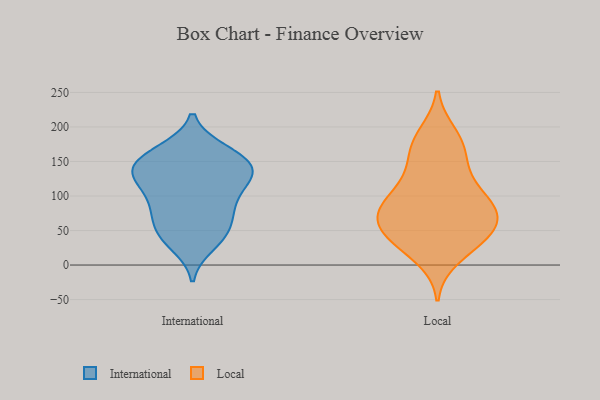
{"axis": {"x": "Latency (ms)", "y": "Value"}, "legend": ["International", "Local"], "data": [{"x": "", "y": 49, "type": "International"}, {"x": "", "y": 29, "type": "International"}, {"x": "", "y": 166, "type": "International"}, {"x": "", "y": 41, "type": "International"}, {"x": "", "y": 76, "type": "International"}, {"x": "", "y": 90, "type": "International"}, {"x": "", "y": 155, "type": "International"}, {"x": "", "y": 141, "type": "International"}, {"x": "", "y": 148, "type": "International"}, {"x": "", "y": 116, "type": "International"}, {"x": "", "y": 86, "type": "International"}, {"x": "", "y": 128, "type": "International"}, {"x": "", "y": 166, "type": "International"}, {"x": "", "y": 127, "type": "International"}, {"x": "", "y": 148, "type": "International"}, {"x": "", "y": 73, "type": "International"}, {"x": "", "y": 133, "type": "International"}, {"x": "", "y": 45, "type": "International"}, {"x": "", "y": 118, "type": "International"}, {"x": "", "y": 11, "type": "Local"}, {"x": "", "y": 56, "type": "Local"}, {"x": "", "y": 172, "type": "Local"}, {"x": "", "y": 70, "type": "Local"}, {"x": "", "y": 32, "type": "Local"}, {"x": "", "y": 78, "type": "Local"}, {"x": "", "y": 42, "type": "Local"}, {"x": "", "y": 105, "type": "Local"}, {"x": "", "y": 62, "type": "Local"}, {"x": "", "y": 34, "type": "Local"}, {"x": "", "y": 180, "type": "Local"}, {"x": "", "y": 146, "type": "Local"}, {"x": "", "y": 105, "type": "Local"}, {"x": "", "y": 49, "type": "Local"}, {"x": "", "y": 79, "type": "Local"}, {"x": "", "y": 98, "type": "Local"}, {"x": "", "y": 83, "type": "Local"}, {"x": "", "y": 189, "type": "Local"}, {"x": "", "y": 143, "type": "Local"}]}